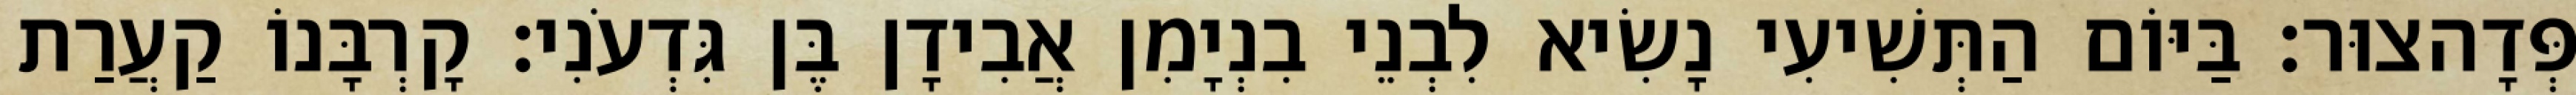
פְּדָהצוּר׃ בַּיּוֹם הַתְּשִׁיעִי נָשִׂיא לִבְנֵי בִנְיָמִן אֲבִידָן בֶּן גִּדְעֹנִי׃ קָרְבָּנוֹ קַעֲרַת